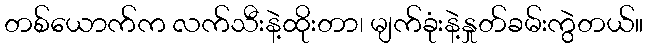
တစ်ယောက်က လက်သီးနဲ့ထိုးတာ၊ မျက်ခုံးနဲ့နှုတ်ခမ်းကွဲတယ်။